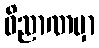
ဝိညာဏမှာ